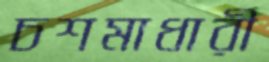
চশমাধারী